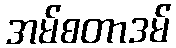
အမ်စတာဒမ်